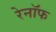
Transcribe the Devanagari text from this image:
रेनॉफ